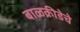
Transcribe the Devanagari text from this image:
बाळक्रीडेचे